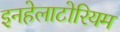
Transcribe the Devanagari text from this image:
इनहेलाटोरियम